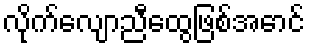
လိုက်လျောညီထွေဖြစ်အောင်